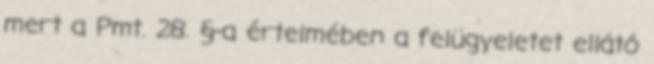
mert a Pmt. 28. §-a értelmében a felügyeletet ellátó